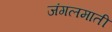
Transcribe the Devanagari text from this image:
जंगलमाती